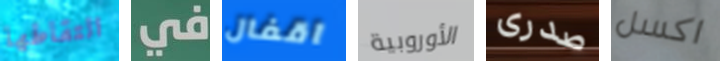
التقاطها في اقفال الأوروبية صدرى اكسل